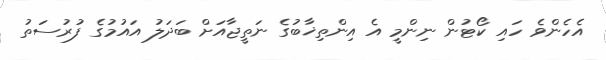
އެހެންވެ ހައި ކޯޓުން ނިންމީ އެ އިންތިޚާބުގެ ނަތީޖާއަށް ބަދަލު އައުމުގެ ފުރުސަތު